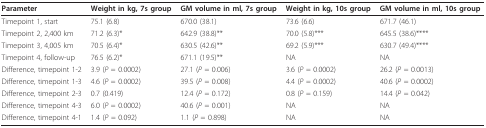
<table><thead><tr><td><b>Parameter</b></td><td><b>Weight in kg, 7s group</b></td><td><b>GM volume in ml, 7s group</b></td><td><b>Weight in kg, 10s group</b></td><td><b>GM volume in ml, 10s group</b></td></tr></thead><tbody><tr><td>Timepoint 1, start</td><td>75.1 (6.8)</td><td>670.0 (38.1)</td><td>73.6 (6.6)</td><td>671.7 (46.1)</td></tr><tr><td>Timepoint 2, 2,400 km</td><td>71.2 (6.3)*</td><td>642.9 (38.8)**</td><td>70.0 (5.8)***</td><td>645.5 (38.6)****</td></tr><tr><td>Timepoint 3, 4,005 km</td><td>70.5 (6.4)*</td><td>630.5 (42.6)**</td><td>69.2 (5.9)***</td><td>630.7 (49.4)****</td></tr><tr><td>Timepoint 4, follow-up</td><td>76.5 (6.2)*</td><td>671.1 (19.5)**</td><td>NA</td><td>NA</td></tr><tr><td>Difference, timepoint 1-2</td><td>3.9 (<i>P </i>= 0.0002)</td><td>27.1 (<i>P </i>= 0.006)</td><td>3.6 (<i>P </i>= 0.0002)</td><td>26.2 (<i>P </i>= 0.0013)</td></tr><tr><td>Difference, timepoint 1-3</td><td>4.6 (<i>P </i>= 0.0002)</td><td>39.5 (<i>P </i>= 0.008)</td><td>4.4 (<i>P </i>= 0.0002)</td><td>40.6 (<i>P </i>= 0.0002)</td></tr><tr><td>Difference, timepoint 2-3</td><td>0.7 (0.419)</td><td>12.4 (<i>P </i>= 0.172)</td><td>0.8 (<i>P </i>= 0.159)</td><td>14.4 (<i>P </i>= 0.042)</td></tr><tr><td>Difference, timepoint 4-3</td><td>6.0 (<i>P </i>= 0.0002)</td><td>40.6 (<i>P </i>= 0.001)</td><td>NA</td><td>NA</td></tr><tr><td>Difference, timepoint 4-1</td><td>1.4 (<i>P </i>= 0.092)</td><td>1.1 (<i>P </i>= 0.898)</td><td>NA</td><td>NA</td></tr></tbody></table>